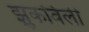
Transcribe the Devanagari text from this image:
झुकविली